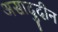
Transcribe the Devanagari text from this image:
असादुदीन